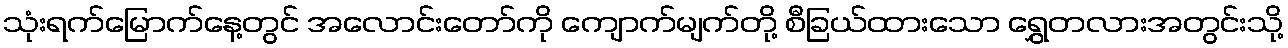
သုံးရက်မြောက်နေ့တွင် အလောင်းတော်ကို ကျောက်မျက်တို့ စီခြယ်ထားသော ရွှေတလားအတွင်းသို့